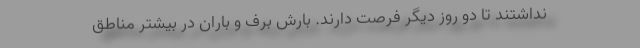
نداشتند تا دو روز دیگر فرصت دارند. بارش برف و باران در بیشتر مناطق